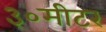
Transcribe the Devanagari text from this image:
३०मीटर